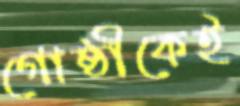
গোষ্ঠীকেই